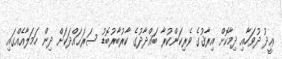
ޢީދު ދުވަހާއި ދިމާކޮށް އިރާޤުގެ ވެރިކަންކުރާ ބަޣްދާދުގެ ކާރުބާރުބޮޑު ސަރަޙައްދަކަށް ދިން ހަމަލާއެއްގައި